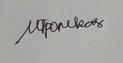
Signature authenticity: genuine